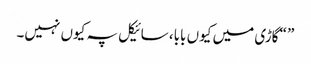
” “گاڑی میں کیوں بابا، سائیکل پہ کیوں نہیں۔